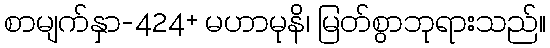
စာမျက်နှာ-424+ မဟာမုနိ၊ မြတ်စွာဘုရားသည်။